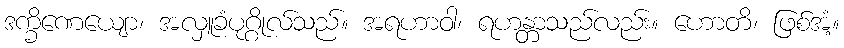
ဒက္ခိဏေယျော၊ အလှူခံပုဂ္ဂိုလ်သည်။ အရဟာဝါ၊ ရဟန္တာသည်လည်း။ ဟောတိ၊ ဖြစ်အံ့။